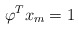
\begin{align*}\varphi^{T}x_{m}=1 \end{align*}